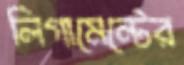
লিগামেন্টের